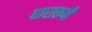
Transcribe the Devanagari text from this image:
धारारूपी